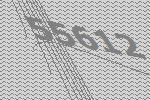
55612